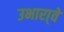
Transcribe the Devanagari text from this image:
उभारा्वे